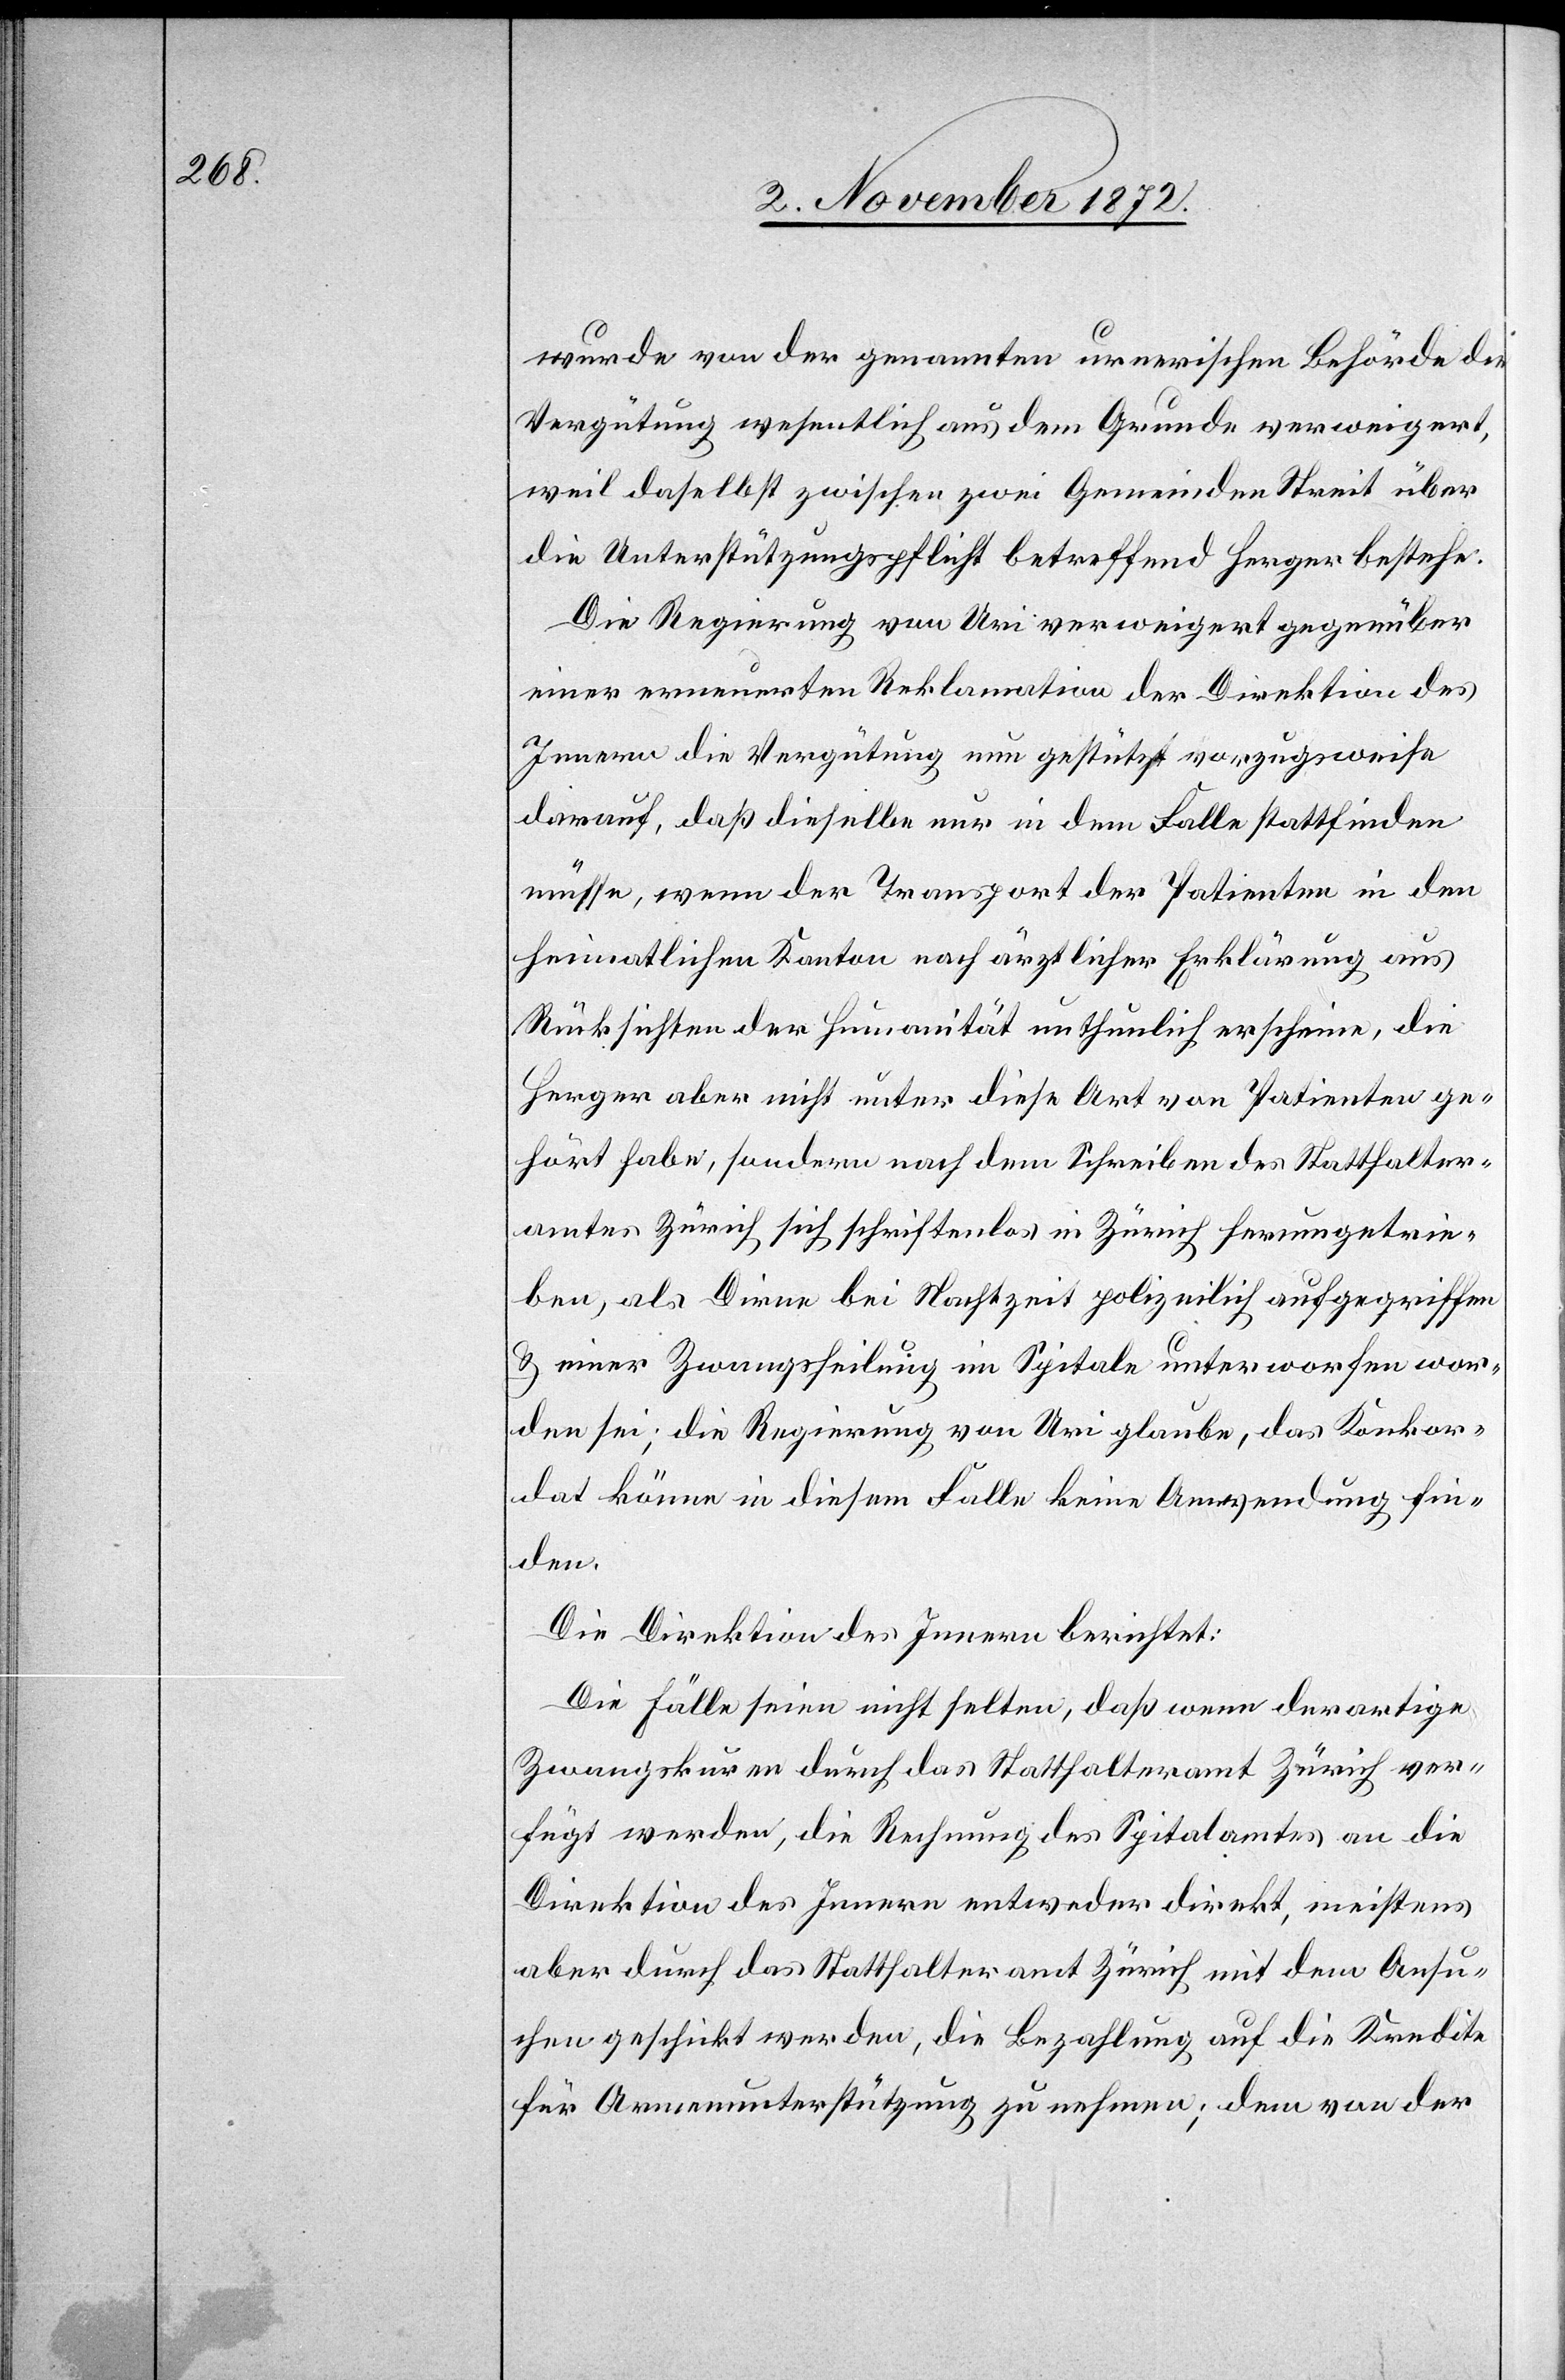
wurde von der genannten urnerischen Behörde die
Vergütung wesentlich aus dem Grunde verweigert,
weil daselbst zwischen zwei Gemeinden Streit über
die Unterstützungspflicht betreffend Herger bestehe.
Die Regierung von Uri verweigert gegenüber
einer erneuerten Reklamation der Direktion des
Innern die Vergütung nun gestützt vorzugsweise
darauf, daß dieselbe nur in dem Falle stattfinden
müsse, wenn der Transport der Patienten in den
heimatlichen Kanton nach ärztlicher Erklärung aus
Rücksichten der Humanität unthunlich erscheine, die
Herger aber nicht unter diese Art von Patienten ge¬
hört habe, sondern nach dem Schreiben des Statthalter¬
amtes Zürich sich schriftenlos in Zürich herumgetrie¬
ben, als Dirne bei Nachtzeit polizeilich aufgegriffen
u. einer Zwangsheilung im Spitale unterworfen wor¬
den sei; die Regierung von Uri glaube, das Konkor¬
dat könne in diesem Falle keine Anwendung fin¬
den.
Die Direktion des Innern berichtet:
Die Fälle seien nicht selten, daß wenn derartige
Zwangskuren durch das Statthalteramt Zürich ver¬
fügt werden, die Rechnung des Spitalamtes an die
Direktion des Innern entweder direkt, meistens
aber durch das Statthalteramt Zürich mit dem Ansu¬
chen geschickt werden, die Bezahlung auf die Kredite
für Armenunterstützung zu nehmen; dem von der